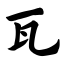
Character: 瓦